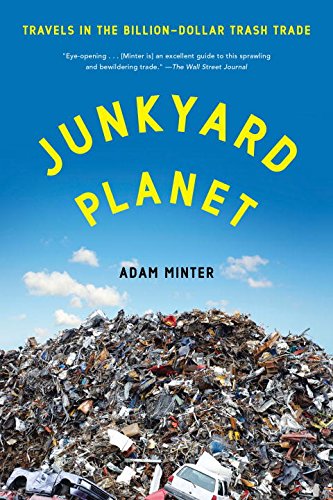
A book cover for Junkyard Planet: Travels in the Billion-Dollar Trash Trade; Adam Minter; Sports & Outdoors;